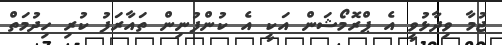
ޖުމާ ވިދާޅުވީ އެ ޕްރޮމޯޝަން އަކީ އެ ކުންފުނިން ތައާރަފު ކުރި ހިދުމަތް